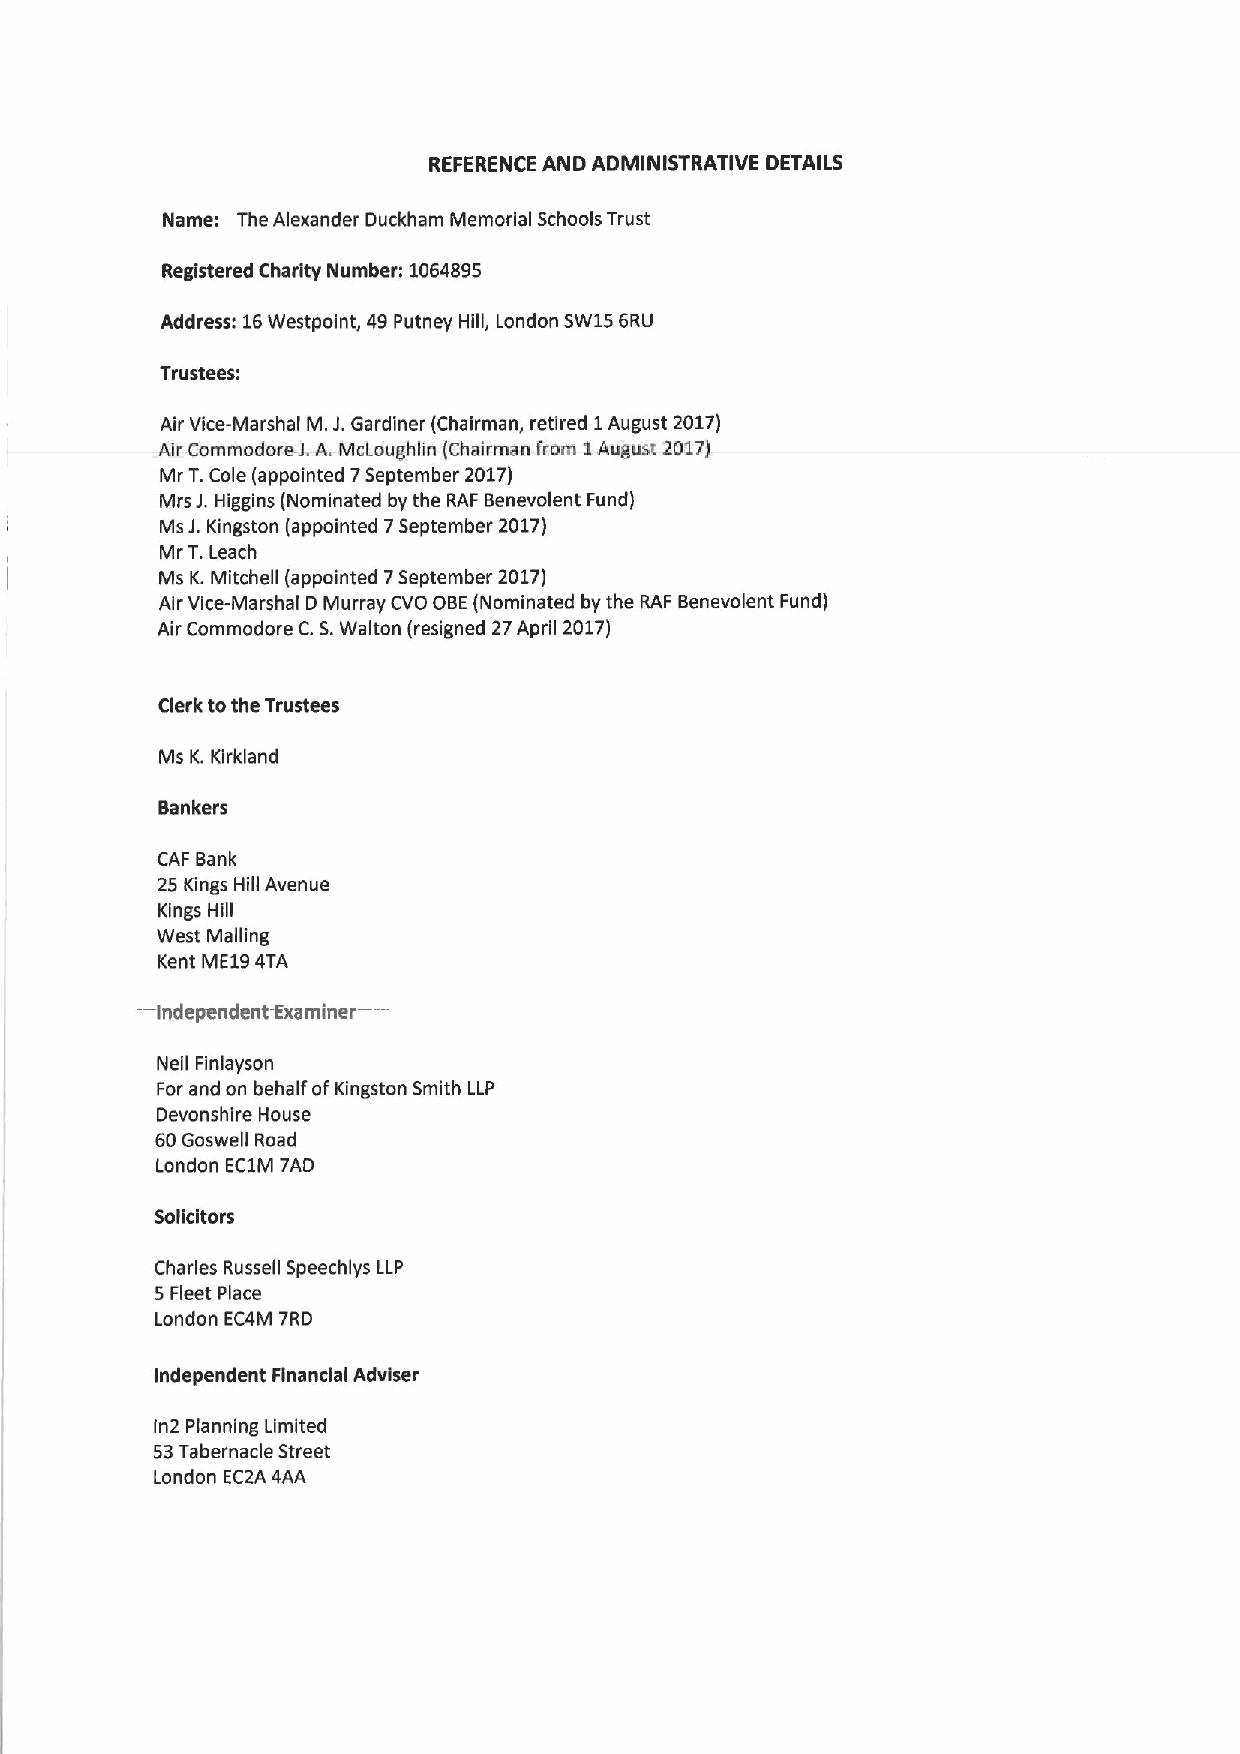
REFERENCE AND ADMINISTRATIVE DETAILS
 Name: The Alexander Duckham Memorial Schools Trust
 Registered Charity Number: 1064895
 Address: 16Westpoint, 49Putney Hill, London SW156RU
 Trustees:
 Air Vice-Marshal M.J.Gardiner (Chairman, retired 1August 2017)
 Air Commodore-J. A.McLoughlin (Chairman from 1August 2017)
 Mr T.Cole (appointed 7September 2017)
 Mrs J.Higgins (Nominated by the RAF Benevolent Fund)
 Ms J.Kingston (appointed 7September 2017)
 Mr T.Leach
 Ms K.Mitchell (appointed 7September 2017)
 Air Vice-Marshal D Murray CVO OBE(Nominated by the RAF Benevolent Fund)
 Air Commodore C.S.Walton (resigned 27April 2017)
 Clerk tothe Trustees
 Ms K.Kirkland
 Bankers
 CAF Bank
 25 Kings Hill Avenue
 Kings Hill
 West Mailing
 Kent ME194TA
 —
 ——
 Independent Examiner
 Neil Finlayson
 For and on behalf ofKingston Smith LLP
 Devonshire House
 60Goswell Road
 London EC1M 7AD
 Solicitors
 Charles Russell Speechlys LLP
 5Fleet Place
 London EC4M 7RD
 Independent Financial Adviser
 In2 Planning Limited
 53Tabernacle Street
 London EC2A 4AA